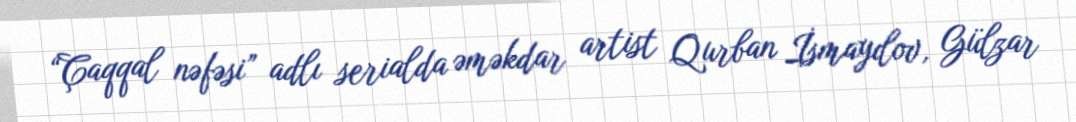
“Çaqqal nəfəsi” adlı serialda əməkdar artist Qurban İsmayılov, Gülzar